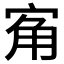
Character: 𭓲